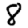
Digit: 8